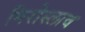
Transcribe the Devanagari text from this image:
मिरोस्लाव